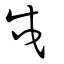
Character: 戍